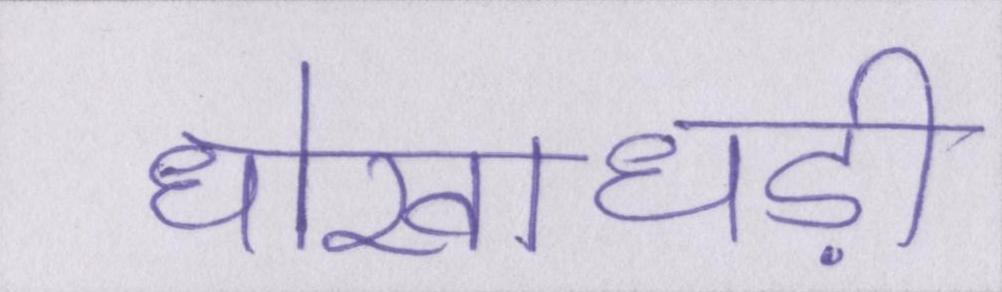
धोखाधड़ी